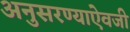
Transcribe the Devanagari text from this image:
अनुसरण्‍याऐवजी